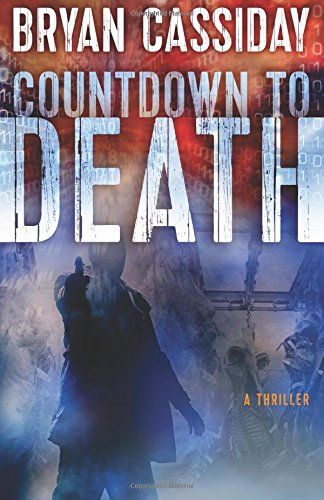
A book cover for Countdown to Death; Bryan Cassiday; Mystery, Thriller & Suspense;